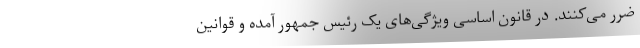
ضرر می‌کنند. در قانون اساسی ویژگی‌های یک رئیس جمهور آمده و قوانین